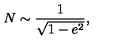
N \sim \frac { 1 } { \sqrt { 1 - e ^ { 2 } } } ,